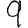
Digit: 9